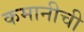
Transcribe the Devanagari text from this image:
कमानीची